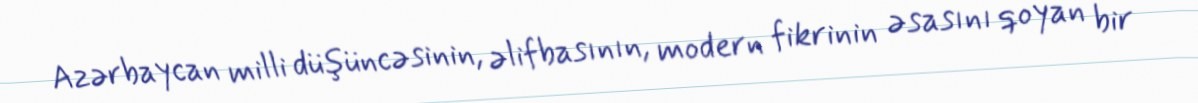
Azərbaycan milli düşüncəsinin, əlifbasının, modern fikrinin əsasını qoyan bir